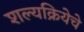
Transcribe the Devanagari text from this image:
शल्यक्रियेचे